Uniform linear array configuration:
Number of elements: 24
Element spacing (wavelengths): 0.25
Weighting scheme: kaiser
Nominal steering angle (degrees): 30
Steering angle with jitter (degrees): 30.082
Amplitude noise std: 0.05
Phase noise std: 0.05

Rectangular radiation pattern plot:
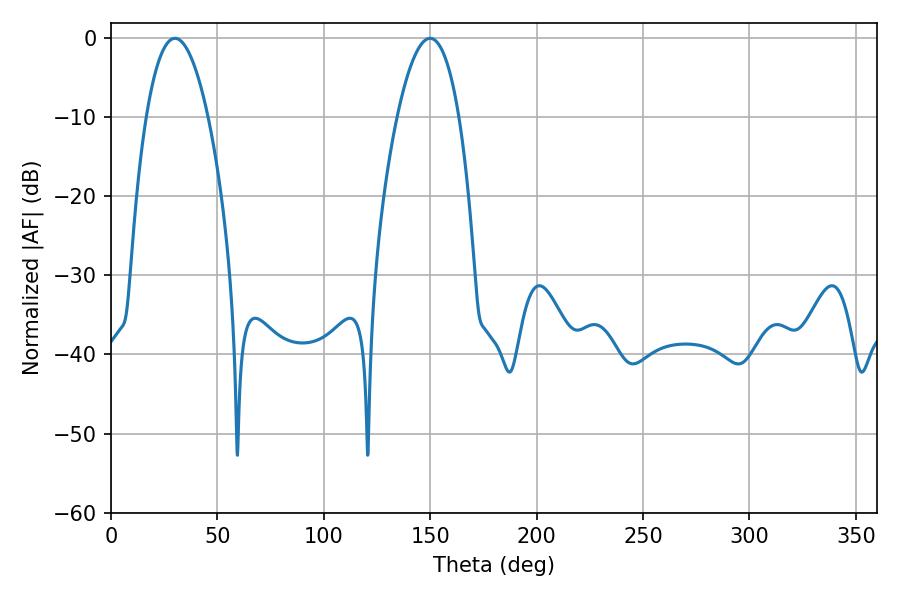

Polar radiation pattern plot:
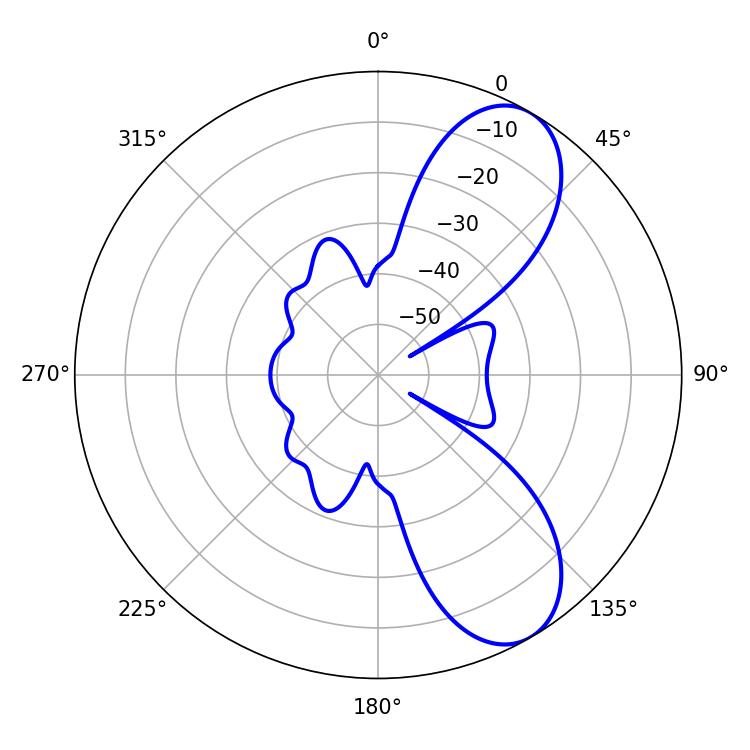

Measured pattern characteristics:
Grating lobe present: FALSE
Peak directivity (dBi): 8.196
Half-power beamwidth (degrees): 16.02
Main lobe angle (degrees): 30.06